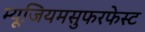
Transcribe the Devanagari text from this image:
म्यूजियमसुफरफेस्ट